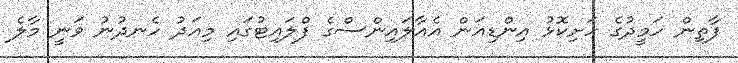
ފާތިން ހަމީދުގެ ހަށިކޮޅު އިންޑިއަން އެއާލައިންސްގެ ފްލައިޓުގައި މިއަދު ހެނދުނު ވަނީ މާލެ